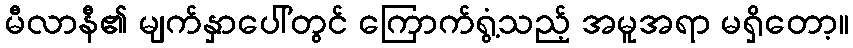
မီလာနီ၏ မျက်နှာပေါ်တွင် ကြောက်ရွံ့သည့် အမူအရာ မရှိတော့။